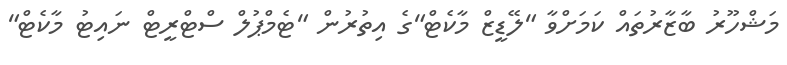
މަޝްހޫރު ބާޒާރުތައް ކަމަށްވާ "ލޭޑީޒް މާކެޓް"ގެ އިތުރުން "ޓެމްޕުލް ސްޓްރީޓް ނައިޓު މާކެޓް"